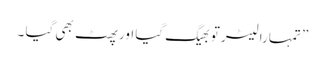
” تمہارا لیٹر تو بھیگ گیا اور پھٹ بھی گیا ۔